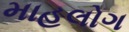
માહલોગ